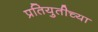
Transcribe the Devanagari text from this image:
प्रतियुतीच्या